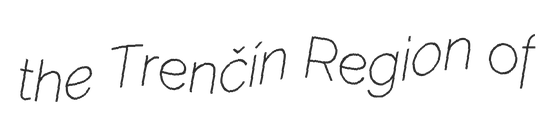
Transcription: the Trenčín Region of